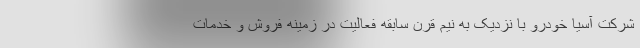
شرکت آسیا خودرو با نزدیک به نیم قرن سابقه فعالیت در زمینه فروش و خدمات